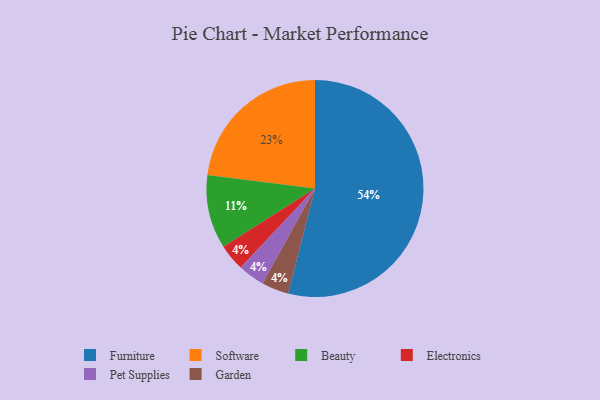
{"axis": {"x": "Category", "y": "Percentage"}, "legend": ["Beauty", "Electronics", "Furniture", "Garden", "Pet Supplies", "Software"], "data": [{"x": "Electronics", "y": 4, "type": "Electronics"}, {"x": "Software", "y": 23, "type": "Software"}, {"x": "Beauty", "y": 11, "type": "Beauty"}, {"x": "Pet Supplies", "y": 4, "type": "Pet Supplies"}, {"x": "Furniture", "y": 54, "type": "Furniture"}, {"x": "Garden", "y": 4, "type": "Garden"}]}